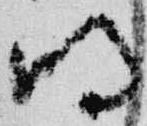
明